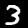
Digit: 3